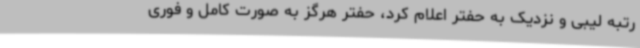
رتبه لیبی و نزدیک به حفتر اعلام کرد، حفتر هرگز به صورت کامل و فوری